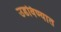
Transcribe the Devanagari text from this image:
उडविण्यात